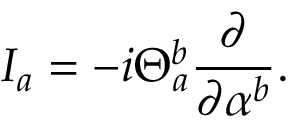
I _ { a } = - i \Theta _ { a } ^ { b } \frac { \partial } { \partial \alpha ^ { b } } .